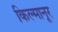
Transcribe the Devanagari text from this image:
किल्मानूर